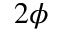
2 \phi